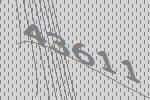
43611